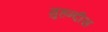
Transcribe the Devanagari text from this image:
मुहन्दीस